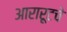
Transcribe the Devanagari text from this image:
आरारूटचे